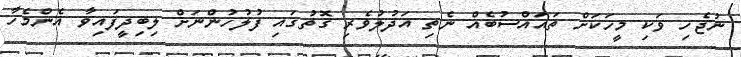
ނުޖެހި ވަކި މީހަކަށް ތައައްސުބެއް ނެތި އަދުލުވެރި ގޮތުގައި ފުލުހުންނަށް ލިބިދީފައިވާ އެންމެހާ